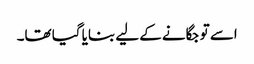
اسے تو جگانے کے لیے بنایا گیا تھا۔